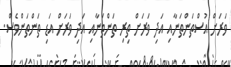
ވަރަށް އުސްތަންތަނާއި އަދި ވަރަށް ތިރި ތަންތަނާއި އަދި ވަރަށް އަޑި ތަންތަންވެސް.